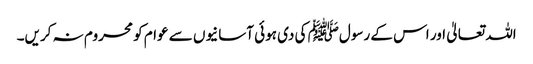
اللہ تعالیٰ اور اس کے رسولﷺ کی دی ہوئی آسانیوں سے عوام کو محروم نہ کریں۔